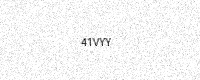
Text: 41VYY